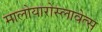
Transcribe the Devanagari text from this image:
मालोयारोस्लावेत्स